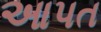
આપત